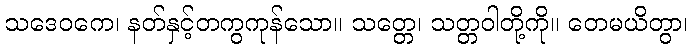
သဒေဝကေ၊ နတ်နှင့်တကွကုန်သော။ သတ္တေ၊ သတ္တဝါတို့ကို။ တေမယိတွာ၊